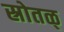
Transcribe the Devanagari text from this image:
स्रोतळ्